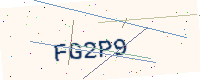
Text: FG2P9